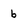
Character: 6